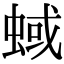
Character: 蜮